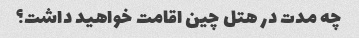
چه مدت در هتل چین اقامت خواهید داشت؟